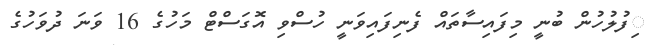
ިފުލުހުން ބުނީ މިފައިސާތައް ފެނިފައިވަނީ ހުސްވި އޮގަސްޓް މަހުގެ 16 ވަނަ ދުވަހުގެ